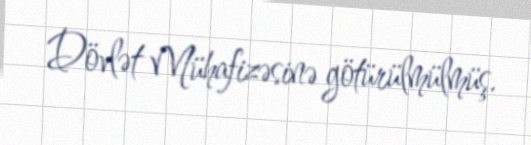
Dövlət Mühafizəsinə götürülmülmüş.